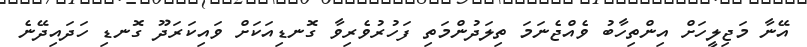
އޭނާ މަޖިލީހަށް އިންތިހާބު ވެއްޖެނަމަ ތިލަދުންމަތި ފަހުރުވެރިވާ ގޮނޑިއަކަށް ވައިކަރަދޫ ގޮނޑި ހަދައިދޭނެ